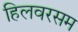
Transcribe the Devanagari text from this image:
हिलवरसम